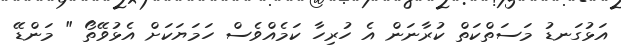
އަޅުގަނޑު މަސަތްކަތް ކުރާނަން އެ ހުރިހާ ކަމެއްވެސް ހަމަޔަކަށް އެޅުވޭތޯ " މަންޑޭ